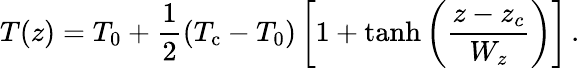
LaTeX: T(z)=T_{0}+\frac{1}{2}\left(T_{\mathrm{c}}-T_{0}\right)\left[1+\operatorname{tanh}\left(\frac{z-z_{c}}{W_{z}}\right)\right]\, .